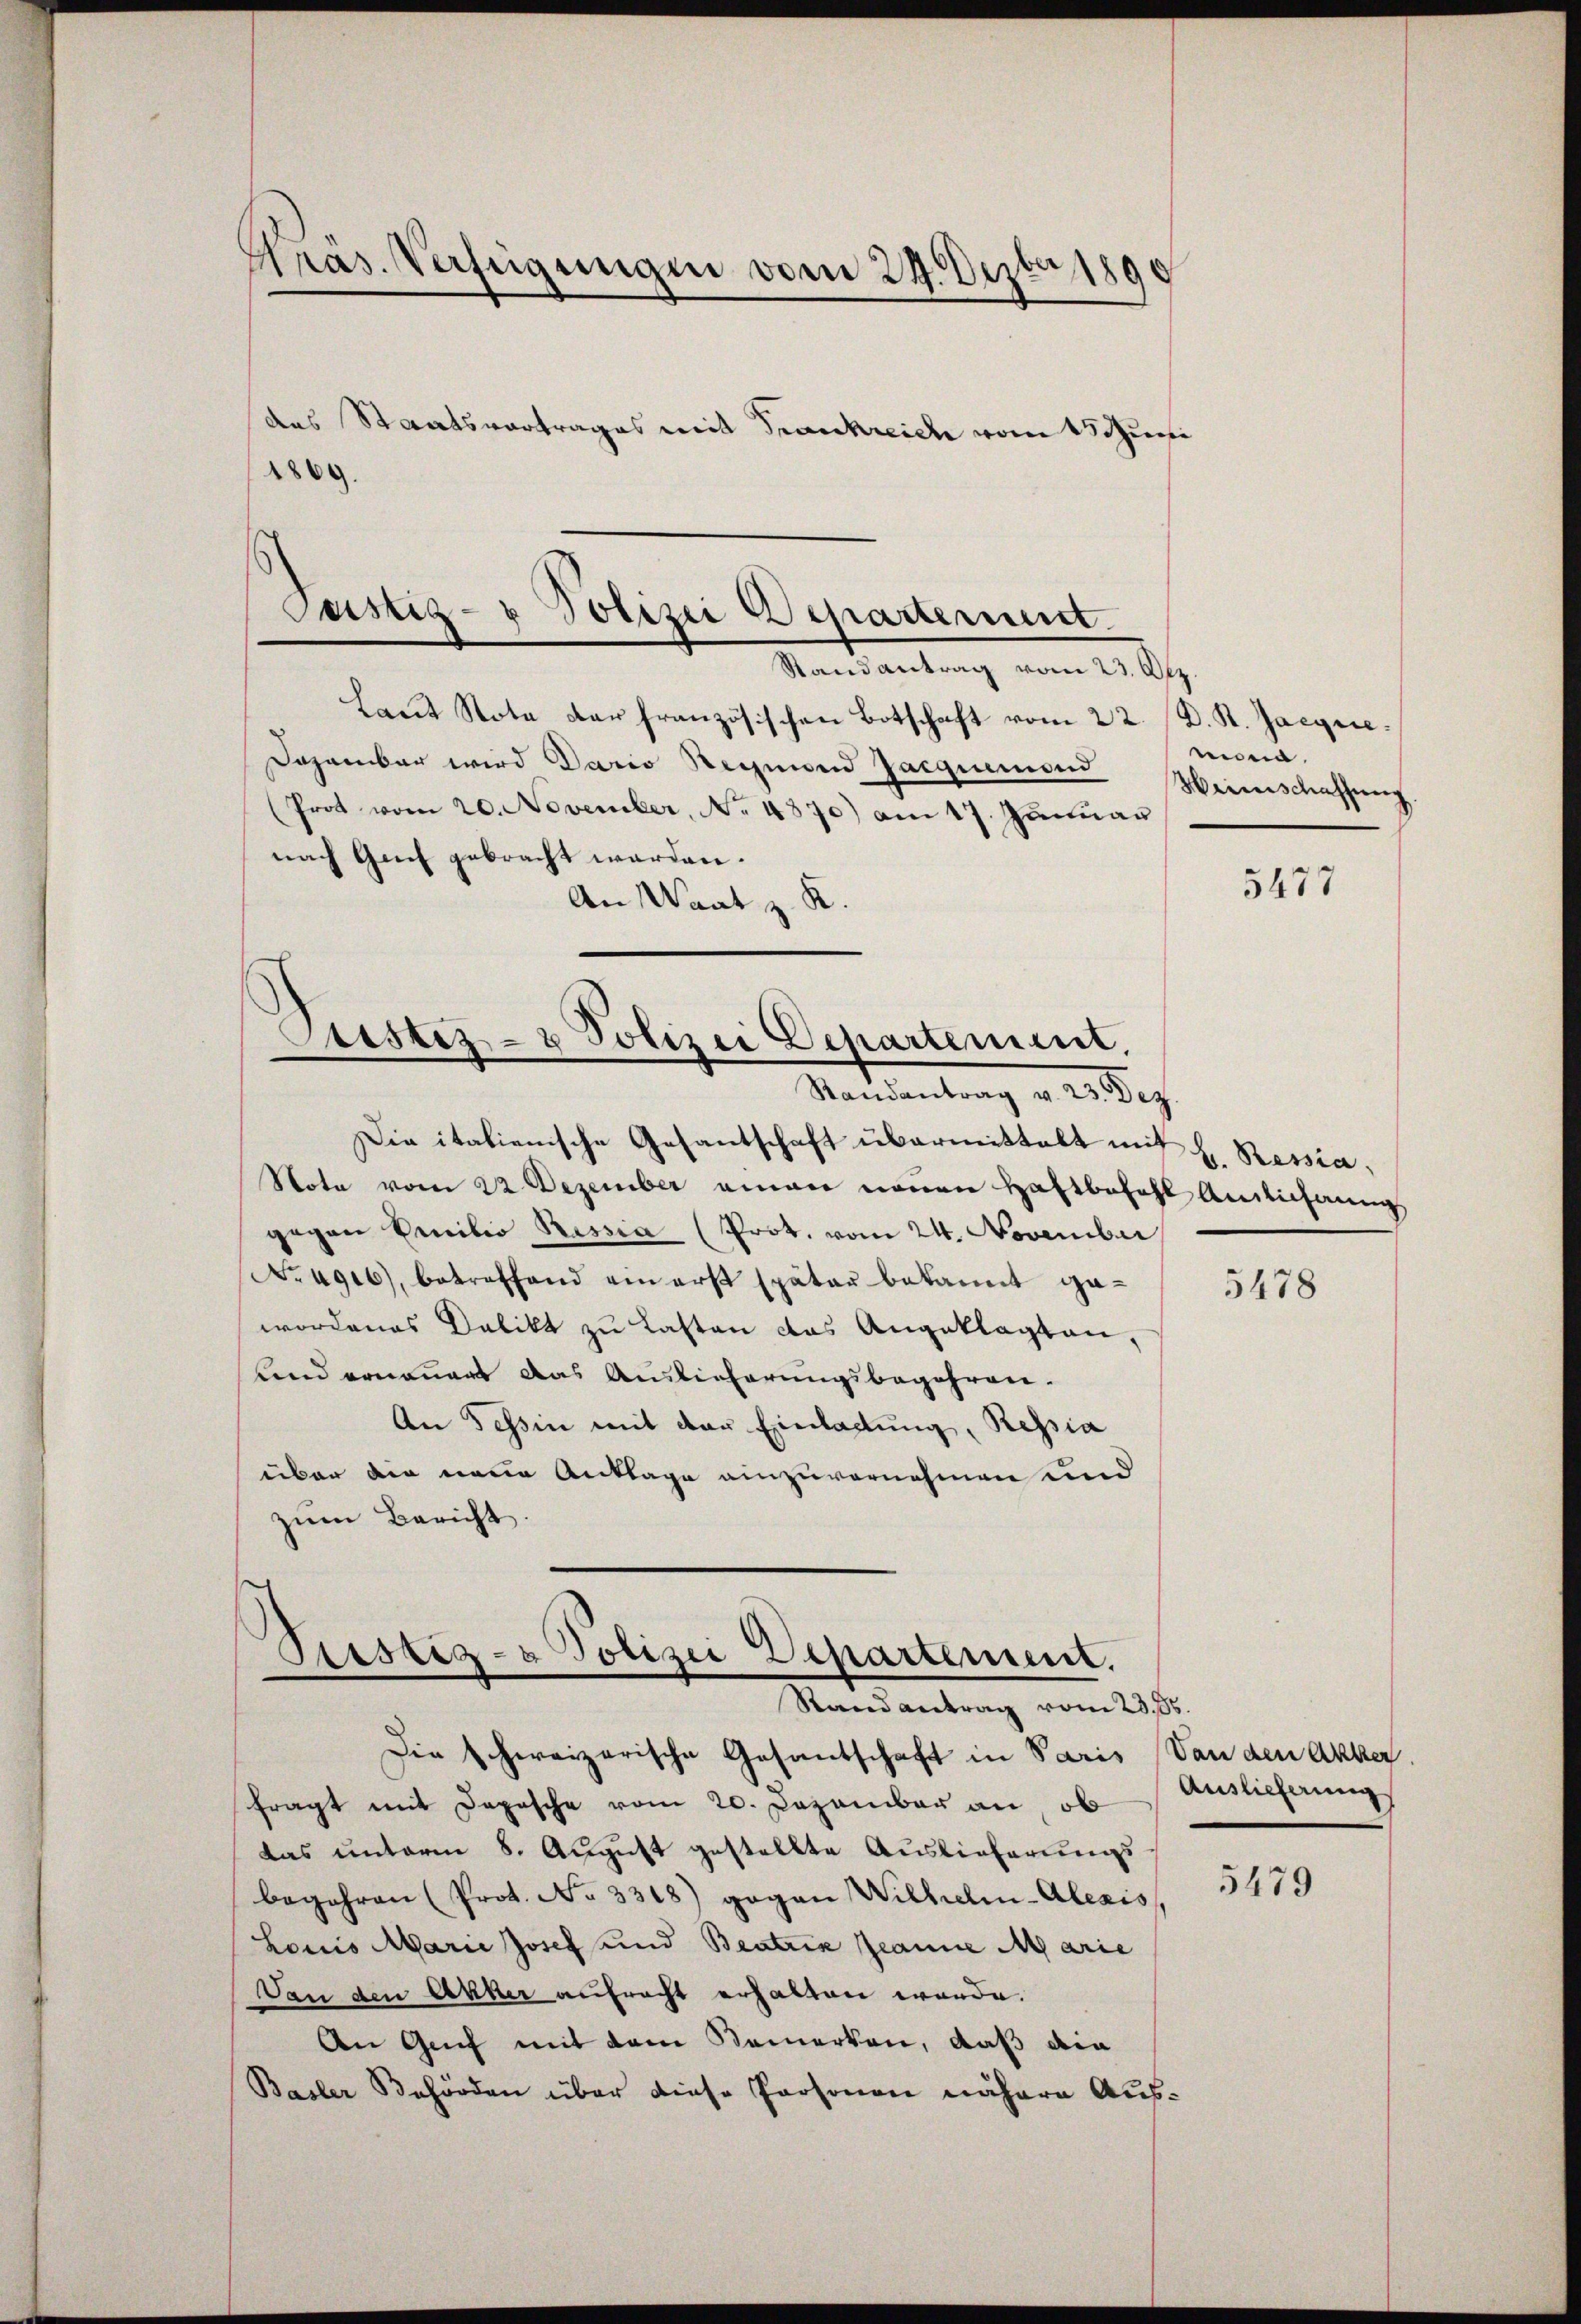
Pras. Verfügungen vom 29. Dezter 1890

das Staatsvortrages mit Frankreich vom 15 Juni
1869.
s

Justiz- & Polizei Departerint.
Randantrag vom 23. Apr

Pristiz- & Polizei Departement.
Randantrag v. 23. Dez.

laut Stote der französischen Botschaft vom 22. D. R. Jacquie¬
Dazambar wird Dario Regnien Jacquense
(Prot vom 20. November, No. 4870) am 17. Januar
nach Genf gebracht werden.
An Waat z. K

Die italienische Gesantschaft übermittelt mit H. Ressia,
Nota vom 22. Dezember einen neuen Haftbefehl Anilichung
gegen Emilio Rassia (Prot. vom 24. November
No 4916), betreffend ein erst später bekannt ge-
wordenes Delikt zu Lasten das Angeklagten,
und erneuert das Auslieferungsbegehren.
An Tessin mit der Einlastung, Ressia
über die neue Anklage einzuvernehmen und
zum Bericht.

Ptistig- & Polizei Departement.
Randantrag vom 23. 85.

Die schweizerische Gesantschaft in Paris Von den Akker.
fragt mit Depesche vom 20. Dezember an, ob
das unterm 8. August gestellte Auslieferungs
begehren (Prot. No 3318) gegen Wilhelm-Aleais
Louis Marie Josef und Beatris Jeanne Marie
Dan den Acker aufracht erhalten werde.
An Genf mit dem Bemerken, daß die
Basler Behörden über diese Personen nähere Aus¬

mona
Weinschaffung

5477

5478

Auslieferung

5479